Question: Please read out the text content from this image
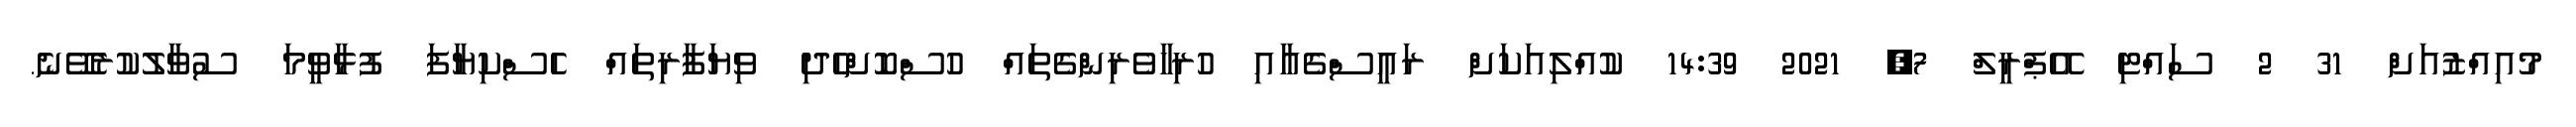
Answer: މުއިއްޒުއަށް 31 2 ސައްޓި އޭޕްރީލް 7, 2021 14:39 ކުއްލިއަކަށް ރައީސްގެއާއި ހުރިހާވެރިންގެތައް ހުސްކޮށްހެދި ވިޔަފާރިތައް ހެސްކިޔާފަ ފުޅާވީމަ ސުވާލުކުރެވޭނެ.